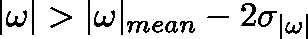
| \mathbf { \omega } | > | { \mathbf { \omega } } | _ { m e a n } - 2 \sigma _ { | \mathbf { \omega | } }